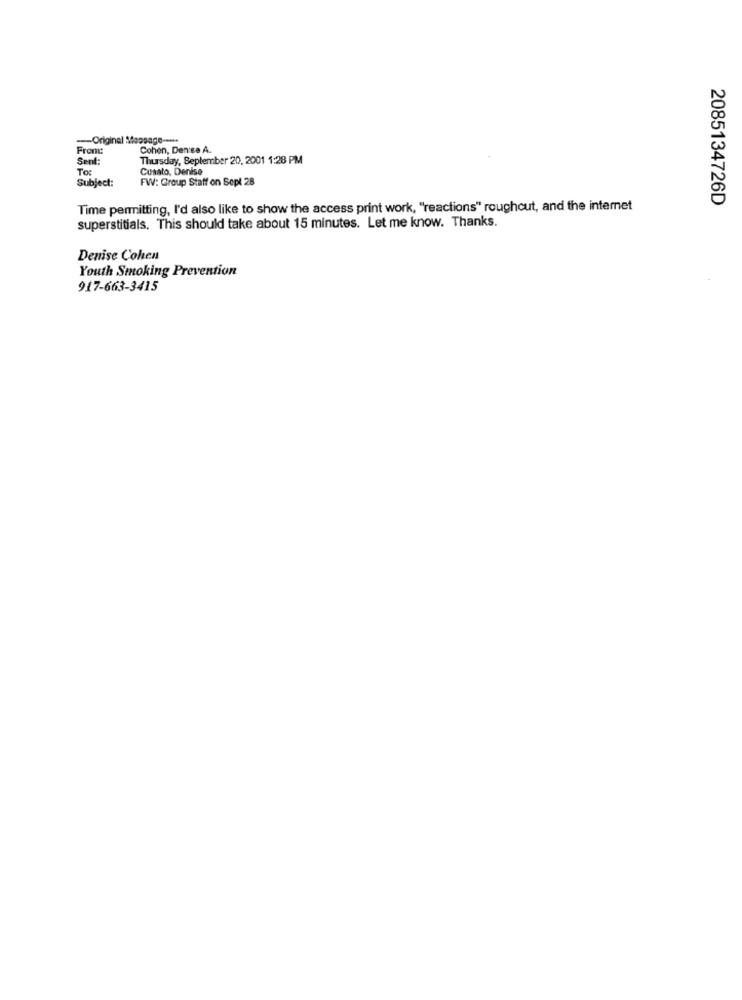
-Original Message --...
From:
Cohen, Den se A.
Sent:
Thursday, September 20, 2001 1:28 PM
To:
Cusato, Denise
Subject:
FW: Group Staff on Sept 28
2085134726D
Time permitting, I'd also like to show the access print work, "reactions" roughcut, and the internet
superstitials. This should take about 15 minutes. Let me know. Thanks.
Denise Cohen
Youth Smoking Prevention
917-663-3415